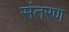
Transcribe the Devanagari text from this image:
संतरण